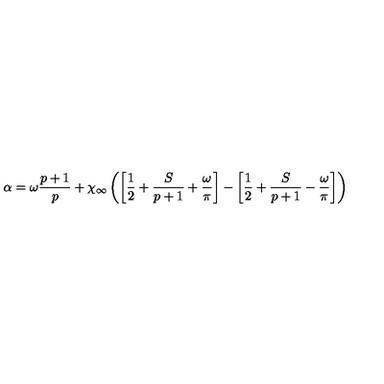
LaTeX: \alpha = \omega \displaystyle \frac { p + 1 } { p } + \chi _ { \infty } \left( \left[ \displaystyle \frac { 1 } { 2 } + \displaystyle \frac { S } { p + 1 } + \displaystyle \frac { \omega } { \pi } \right] - \left[ \displaystyle \frac { 1 } { 2 } + \displaystyle \frac { S } { p + 1 } - \displaystyle \frac { \omega } { \pi } \right] \right)